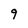
Character: 9